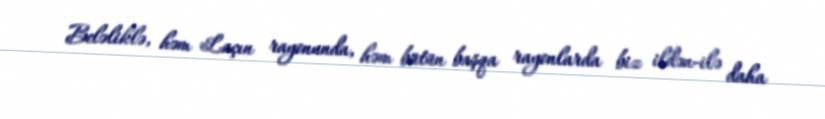
Beləliklə, həm Laçın rayonunda, həm bütün başqa rayonlarda biz ildən-ilə daha